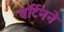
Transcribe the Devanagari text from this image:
बॉर्टेनने